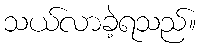
သယ်လာခဲ့ရသည်။